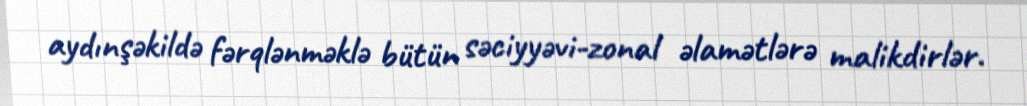
aydınşəkildə fərqlənməklə bütün səciyyəvi-zonal əlamətlərə malikdirlər.